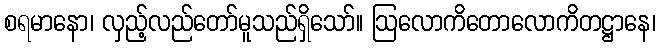
စရမာနော၊ လှည့်လည်တော်မူသည်ရှိသော်။ ဩလောကိတောလောကိတဋ္ဌာနေ၊